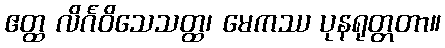
ဧတ္ထ လိင်္ဂဝိသေသတ္ထ၊ မေကဿ ပုနရုတ္တတာ။